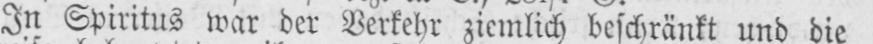
In Spiritus war der Verkehr ziemlich beschränkt und die